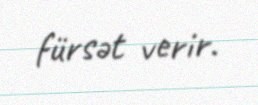
fürsət verir.